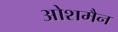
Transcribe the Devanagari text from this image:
ओशमैन